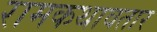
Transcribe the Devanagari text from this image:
रामकथावतार